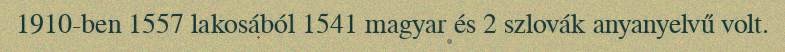
1910-ben 1557 lakosából 1541 magyar és 2 szlovák anyanyelvű volt.